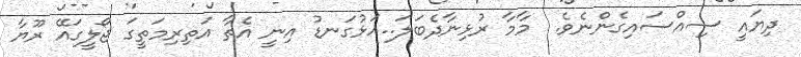
ދިޔައީ ސިއްސައިގެންނެވެ.  މާމާ ރުޅިނާދެބަލަ..އަޅުގަނޑު އިނީ އެތާ އަތިރިމަތީގަ ޖޯލީގައޭ ރޫޔާ